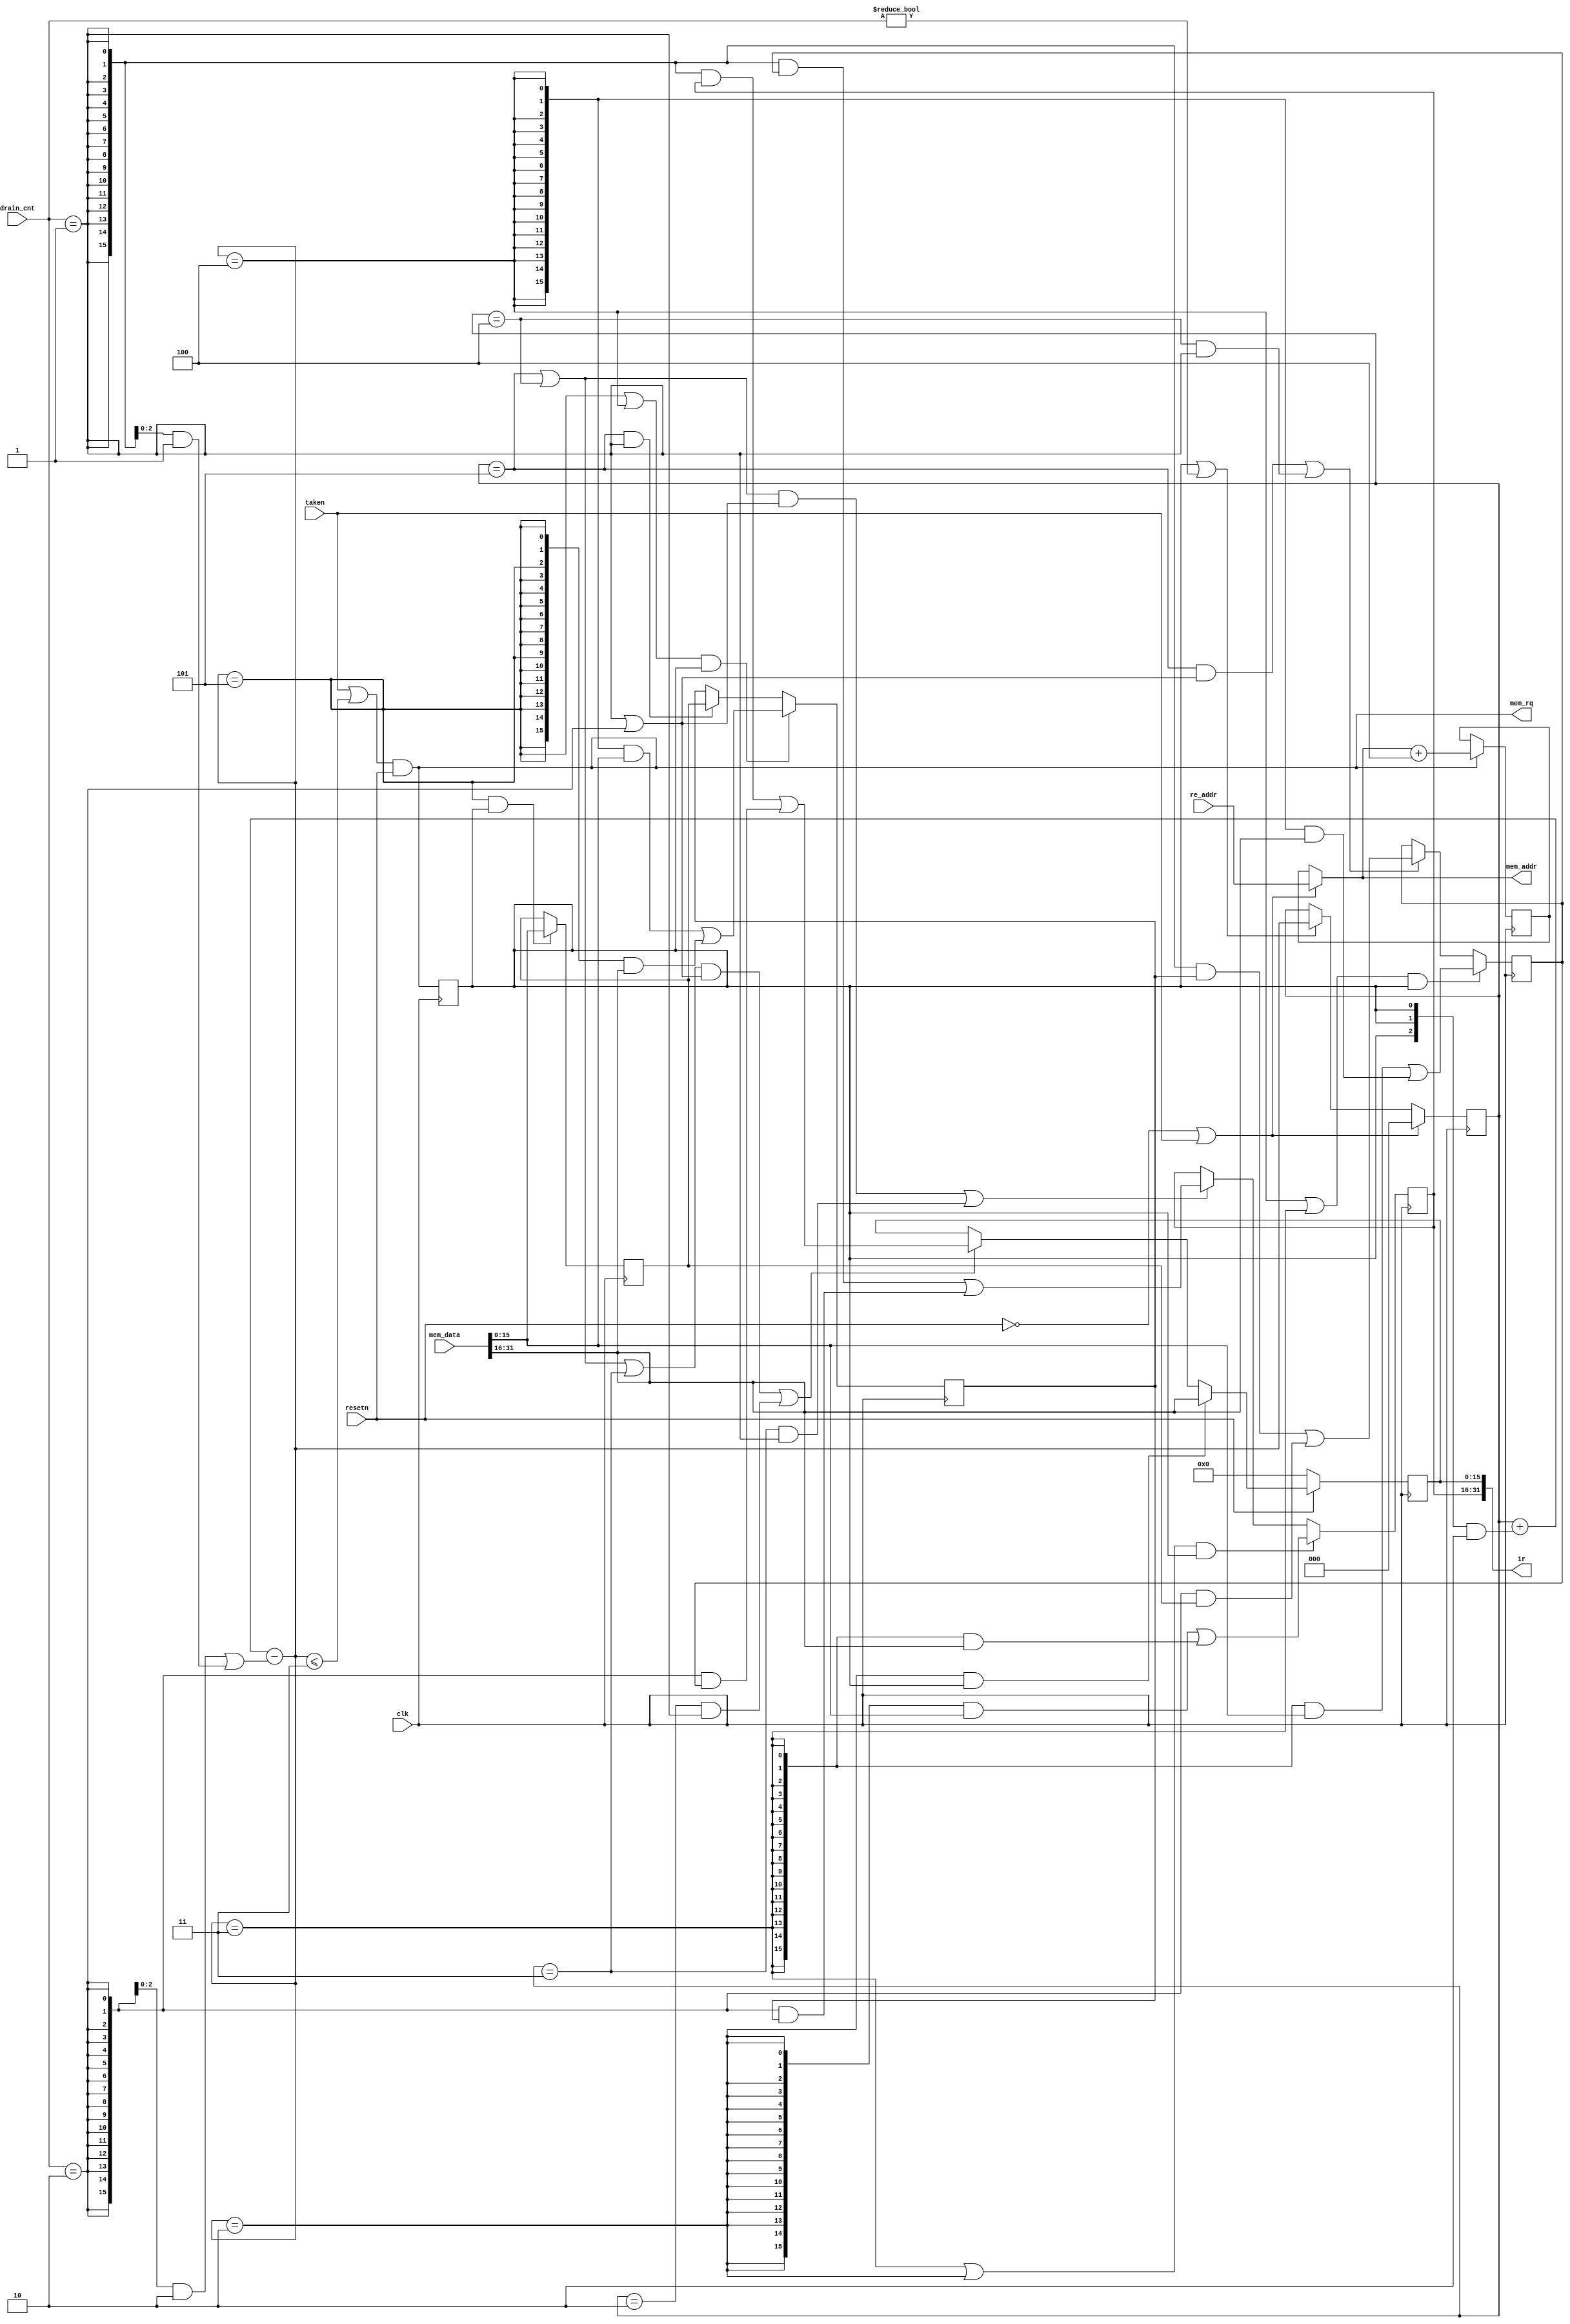
`ifndef __FIFO5X16__
`define __FIFO5X16__ 
/*
file: fifo between instructions I-Memory and ID stage
  1. store instructions readed from I-Memory
  2. pass instructions to ID stage
  3. calculate instruction address, pass to instruction I-Memory
*/
module fifo5x16 (
    input              clk,
    input              resetn,
    // instructions passed from I-Memory
    input wire  [31:0] mem_data, // instructions read from I-Memory 
    // address passed from later pipeline
    input wire  [31:0] re_addr, // rediction address 
    input wire         taken,   // rediction taken
    input wire  [ 1:0] drain_cnt,   // ID take instruction
    // address pass to I-Memory
    output wire [31:0] mem_addr,  // address passed to I-Memory
    output wire        mem_rq,    // I-Memory read request
    // instructions passed to ID
    output wire [31:0] ir      // 32 bits data passed to ID
);


// =========================================================================
// ============================ variables =============================
// =========================================================================
reg  [15:0] pir2, pir1, pir0, ir1, ir0; // 5*16 fifo
wire [31:0] cur_addr; // current address
reg  [31:0] linear_addr; // linear address, +4 every time
wire [15:0] lead_data, next_data;
reg  [ 2:0] pf_fifo_cnt; // current fifo count
wire [ 2:0] next_fifo_cnt; // next cycle fifo count
reg         fill;          // push into fifo
wire        drain, drain_1, drain_2; // ID takes 16 bits or 32 bits
wire        next_pt2, next_pt3, next_pt4, next_pt5;
wire        pt2, pt3, pt4, pt5;


// =========================================================================
// ============================ implementation =============================
// =========================================================================

// FIFO output to ID
assign ir = {ir1, ir0};

// address calculation
assign cur_addr = (~resetn | taken) ? re_addr : linear_addr;
always @(posedge clk ) begin 
    if(mem_rq) begin
        linear_addr <= cur_addr + 32'h4;
    end
end
assign mem_addr = cur_addr; // I-Memory access address



// I-Memory read request
assign mem_rq = (taken | (next_fifo_cnt <= 3'h3)) & resetn; 
always @(posedge clk ) begin 
    fill <= mem_rq; // data read out from I-Memory takes 1 cycle 
end

// data concatenation is done by I-Memory
assign lead_data = mem_data[31:16];
assign next_data    = mem_data[15: 0];



assign drain_1 = drain_cnt == 2'h1; // ID takens 16 bits
assign drain_2 = drain_cnt == 2'h2; // ID takens 32 bits
assign drain   = drain_1 | drain_2;

assign next_fifo_cnt = pf_fifo_cnt + ({3{fill}} & 3'h2) - (({3{drain_2}} & 3'h2) | ({3{drain_1}} & 3'h1));
always @(posedge clk) begin 
    if(~resetn | taken) begin
        // set fifo count to 0
        pf_fifo_cnt <= 3'h0;    
    end
    else if(fill | (drain_cnt!=2'h0)) begin
        // update fifo count
        pf_fifo_cnt <= next_fifo_cnt;    
    end
end


assign next_pt2 = (next_fifo_cnt == 3'h2);
assign next_pt3 = (next_fifo_cnt == 3'h3);
assign next_pt4 = (next_fifo_cnt == 3'h4);
assign next_pt5 = (next_fifo_cnt == 3'h5); 

assign pt2 = (pf_fifo_cnt == 3'h2);
assign pt3 = (pf_fifo_cnt == 3'h3);
assign pt4 = (pf_fifo_cnt == 3'h4);
assign pt5 = (pf_fifo_cnt == 3'h5); 

// fifo body
always @(posedge clk) begin 
    // read data from I-Memory
    if(next_pt5 & fill) begin
        pir2 <= next_data;    
    end
end

always @(posedge clk) begin 
    // read data from I-Memory
    if((next_pt5 | next_pt4) & fill) begin
        pir1 <= ({16{next_pt4}} & next_data)|
                ({16{next_pt5}} & lead_data);
    end
    // no read data from I-Memory
    else if(pt5 & drain_1) begin
        pir1 <= pir2;
    end
end


always @(posedge clk) begin 
    // read data from I-Memory
    if((next_pt4 | next_pt3) & fill) begin
        pir0 <= ({16{next_pt3}} & next_data)|
                ({16{next_pt4}} & lead_data);
    end
    // no read data from I-Memory
    else if((pt5 & drain) | (pt4 & drain_1)) begin
        pir0 <= ({16{drain_1}} & pir1)|
                ({16{drain_2}} & pir2);
    end
end

always @(posedge clk) begin 
    // read data from I-Memory
    if((next_pt3 | next_pt2) & fill) begin
        ir1 <= ({16{next_pt2}} & next_data)|
               ({16{next_pt3}} & lead_data);
    end
    // no read data from I-Memory
    else if(((pt5 | pt4) & drain) | (pt3 & drain_1)) begin
        ir1 <= ({16{drain_1}} & pir0)|
               ({16{drain_2}} & pir1);
    end
end

always @(posedge clk ) begin 
    if(~resetn) begin
        ir0 <= 16'h0;    
    end
    // read data from I-Memory
    else if(next_pt2 & fill) begin
        ir0 <= lead_data;    
    end
    // no read data from I-Memory
    else if(((pt5 | pt4 | pt3) & drain) | (pt2 & drain_1)) begin
        ir0 <= ({16{drain_1}} & ir1)|
               ({16{drain_2}} & pir0);
    end
end

endmodule

`endif